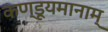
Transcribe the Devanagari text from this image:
कण्डूयमानाम्